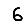
Digit: 6